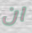
ان